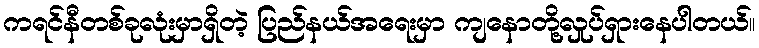
ကရင်နီတစ်ခုလုံးမှာရှိတဲ့ ပြည်နယ်အရေးမှာ ကျနောတို့လှုပ်ရှားနေပါတယ်။